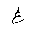
Letter: _gayn